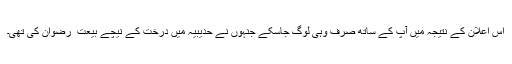
اس اعلان کے نتیجہ میں آپ کے ساتھ صرف وہی لوگ جاسکے جنہوں نے حدیبیہ میں درخت کے نیچے بیعت ِ رضوان کی تھی۔